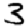
Digit: 3